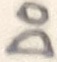
Text: D0